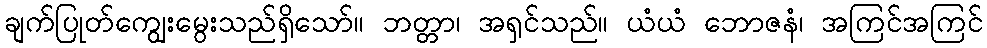
ချက်ပြုတ်ကျွေးမွေးသည်ရှိသော်။ ဘတ္တာ၊ အရှင်သည်။ ယံယံ ဘောဇနံ၊ အကြင်အကြင်